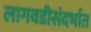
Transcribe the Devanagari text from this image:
लागवडीसंदर्भात